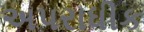
અપરાધીક